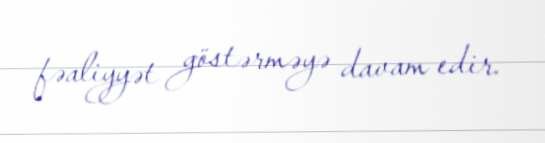
fəaliyyət göstərməyə davam edir.